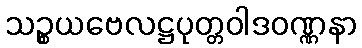
သဉ္စယဗေလဋ္ဌပုတ္တဝါဒဝဏ္ဏနာ